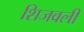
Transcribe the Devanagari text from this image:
शिजवली